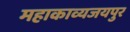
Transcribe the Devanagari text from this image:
महाकाव्यजयपुर